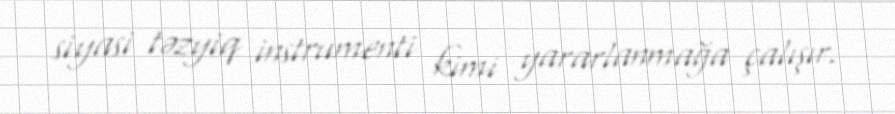
siyasi təzyiq instrumenti kimi yararlanmağa çalışır.